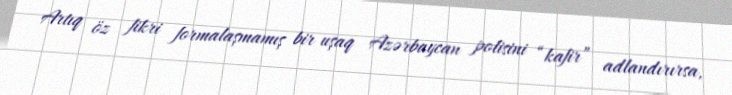
Artıq öz fikri formalaşmamış bir uşaq Azərbaycan polisini “kafir” adlandırırsa,